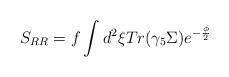
LaTeX: \begin{align*}S_{RR}=f\int d^{2}\xi Tr(\gamma _{5}\Sigma )e^{-\frac{\phi }{2}}\end{align*}